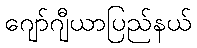
ဂျော်ဂျီယာပြည်နယ်